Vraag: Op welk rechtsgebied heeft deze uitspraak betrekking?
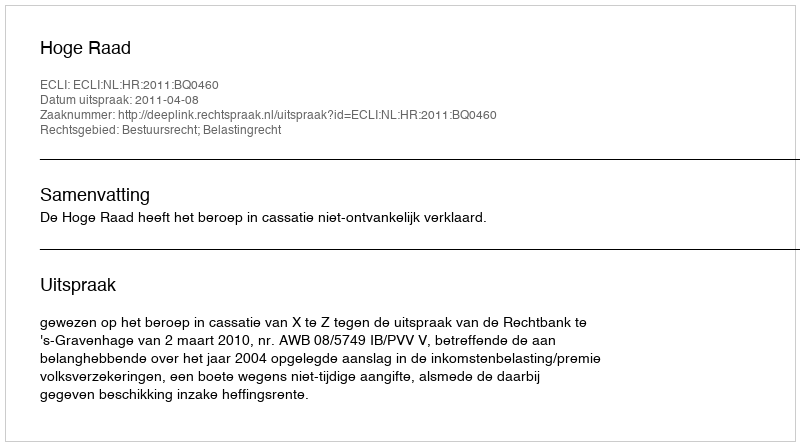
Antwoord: Bestuursrecht; Belastingrecht